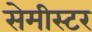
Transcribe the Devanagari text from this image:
सेमीस्टर